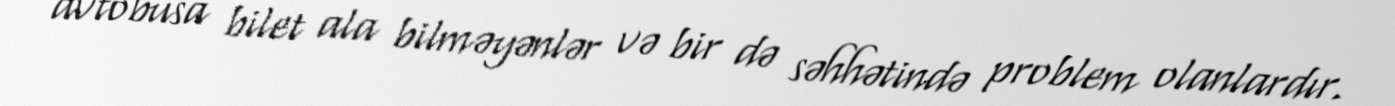
avtobusa bilet ala bilməyənlər və bir də səhhətində problem olanlardır.